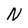
Character: N